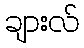
ချားလ်